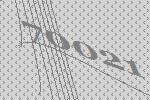
70021